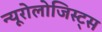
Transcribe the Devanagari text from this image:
न्यूरोलोजिस्ट्स